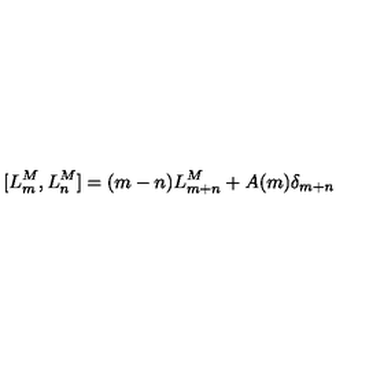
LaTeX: [ L _ { m } ^ { M } , L _ { n } ^ { M } ] = ( m - n ) L _ { m + n } ^ { M } + A ( m ) \delta _ { m + n }